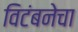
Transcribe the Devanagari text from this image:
विटंबनेचा